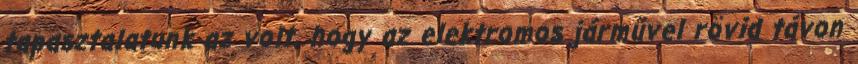
tapasztalatunk az volt, hogy az elektromos járművel rövid távon